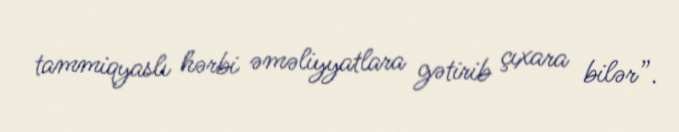
tammiqyaslı hərbi əməliyyatlara gətirib çıxara bilər”.